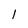
Character: l